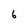
Character: 6